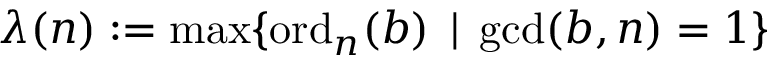
\lambda ( n ) : = \operatorname* { m a x } \{ \operatorname { o r d } _ { n } ( b ) \, \mid \, \operatorname* { g c d } ( b , n ) = 1 \}